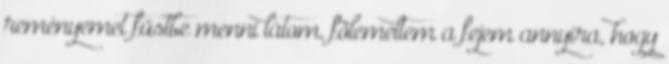
reményemet füstbe menni látom, fölemeltem a fejem annyira, hogy